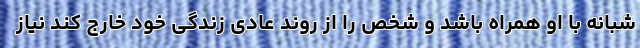
شبانه با او همراه باشد و شخص را از روند عادی زندگی خود خارج کند نیاز